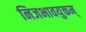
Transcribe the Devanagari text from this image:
निजभावयुक्तम्